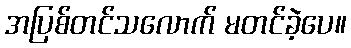
အပြစ်တင်သလောက် မတင်ခဲ့ပေ။